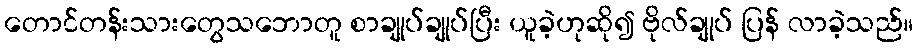
တောင်တန်းသားတွေသဘောတူ စာချုပ်ချုပ်ပြီး ယူခဲ့ဟုဆို၍ ဗိုလ်ချုပ် ပြန် လာခဲ့သည်။